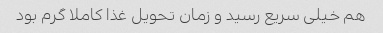
هم خیلی سریع رسید و زمان تحویل غذا کاملا گرم بود